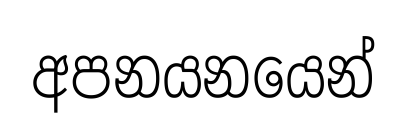
අපනයනයෙන්